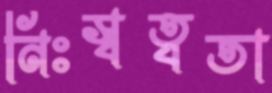
নিঃস্বত্বতা